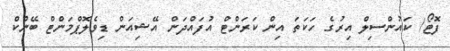
ފޮޓޯ/ ކައުންސިލް އިރުގެ ހަކަަތަ އިން ކަރަންޓް އުފައްދަން އޭޝިއަން ޑިވެލޮޕްމަންޓް ބޭންކް